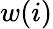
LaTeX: w(i)